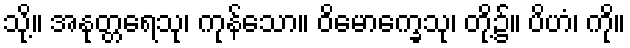
သို့။ အနုတ္တရေသု၊ ကုန်သော။ ဝိမောက္ခေသု၊ တို့၌။ ပိဟံ၊ ကို။